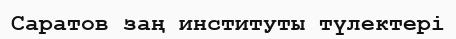
Саратов заң институты түлектері